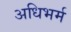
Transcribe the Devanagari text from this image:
अधिभर्म